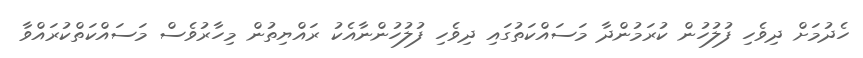
ހެދުމަށް ދިވެހި ފުލުހުން ކުރަމުންދާ މަސައްކަތުގައި ދިވެހި ފުލުހުންނާއެކު ރައްޔިތުން މިހާރުވެސް މަސައްކަތްކުރައްވާ